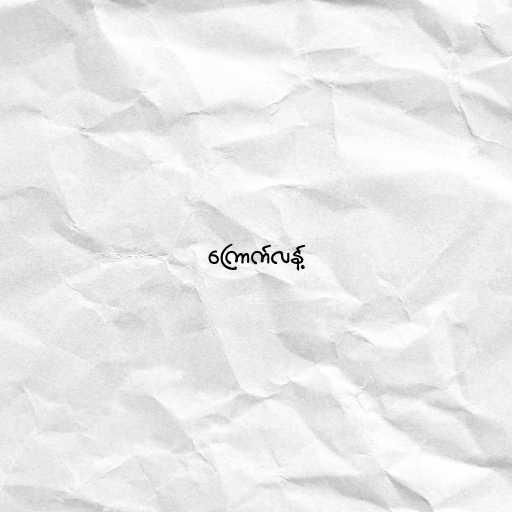
ကြောက်လန့်